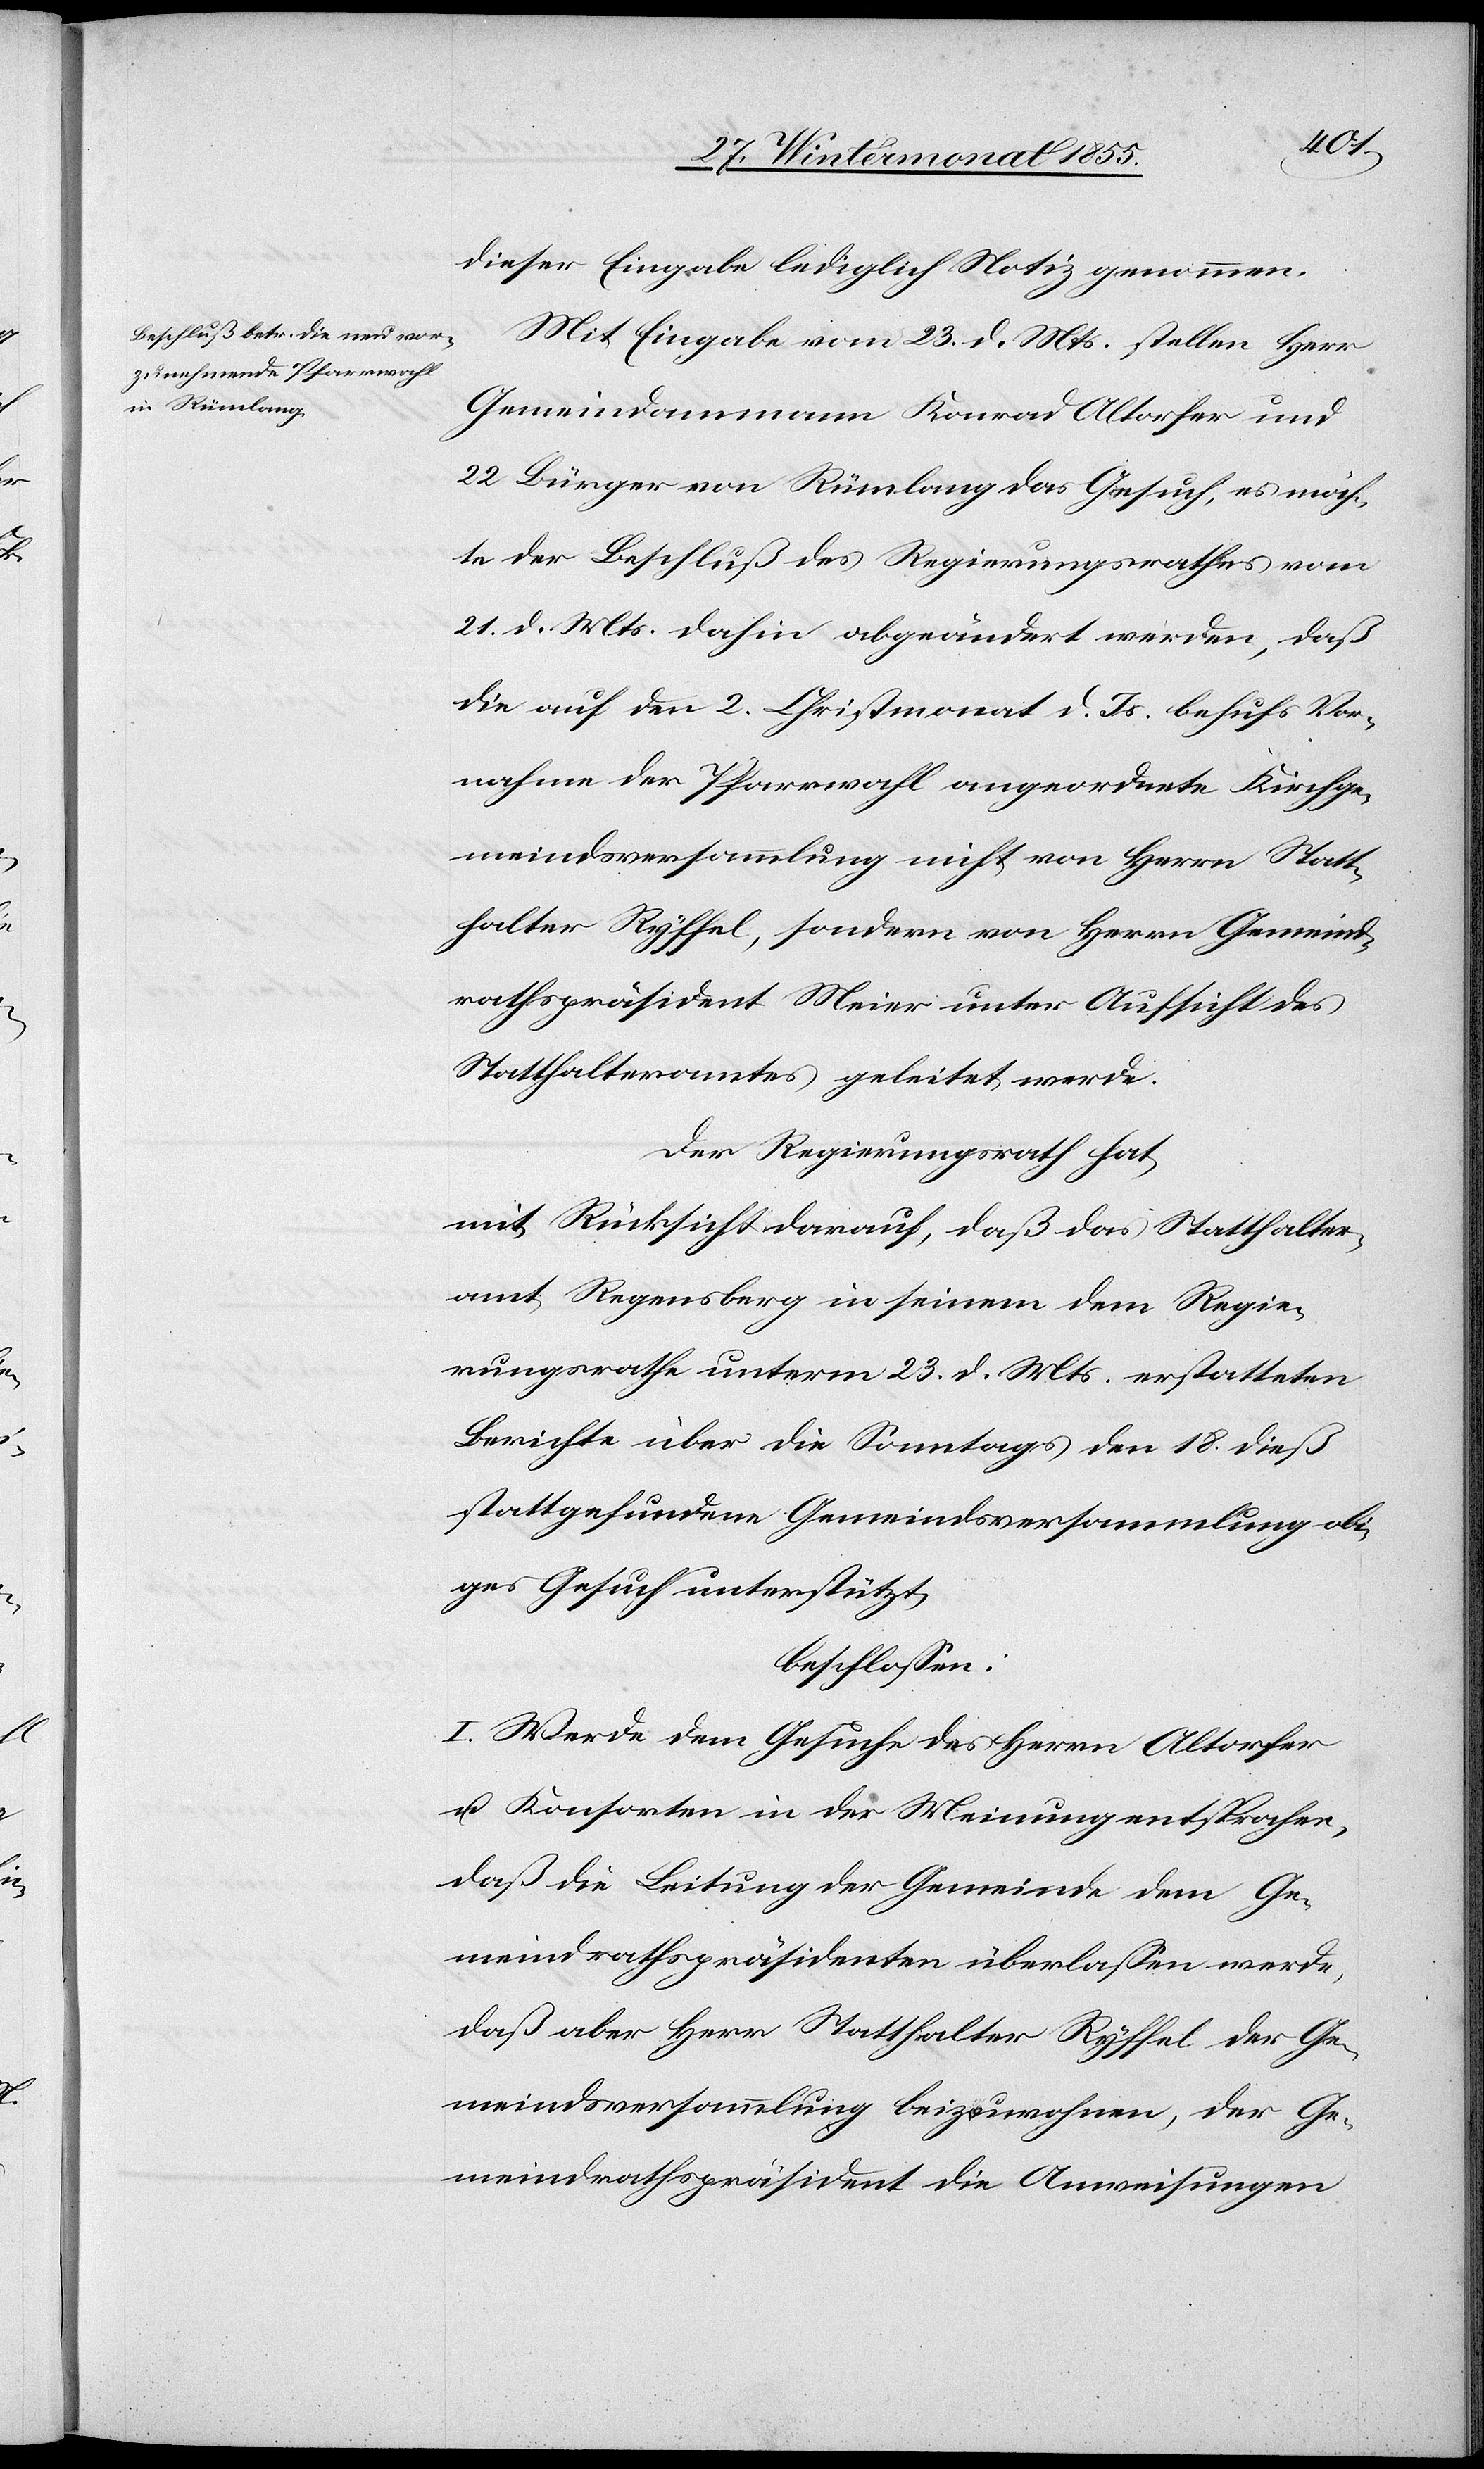
dieser Eingabe lediglich Notiz genommen.
Mit Eingabe vom 23. d. Mts. stellen Herr
Gemeindammann Konrad Altorfer und
22 Bürger von Rümlang das Gesuch, es möch¬
te der Beschluß des Regierungsrathes vom
21. d. Mts. dahin abgeändert werden, daß
die auf den 2. Christmonat d. Js. behufs Vor¬
nahme der Pfarrwahl angeordnete Kirchge¬
meindsversammlung nicht von Herrn Statt¬
halter Ryffel, sondern von Herrn Gemeind¬
rathspräsident Meier unter Aufsicht des
Statthalteramtes geleitet werde.
Der Regierungsrath hat,
mit Rücksicht darauf, daß das Statthalter¬
amt Regensberg in seinem dem Regie¬
rungsrathe unterm 23. d. Mts. erstatteten
Berichte über die Sonntags den 18. dieß
stattgefundene Gemeindsversammlung obi¬
ges Gesuch unterstützt,
beschlossen:
I. Werde dem Gesuche des Herrn Altorfer
u. Konsorten in der Meinung entsprochen,
daß die Leitung der Gemeinde dem Ge¬
meindrathspräsidenten überlassen werde,
daß aber Herr Statthalter Ryffel der Ge¬
meindsversammlung beizuwohnen, der Ge¬
meindrathspräsident die Anweisungen